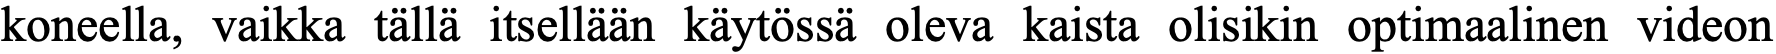
koneella, vaikka tällä itsellään käytössä oleva kaista olisikin optimaalinen videon